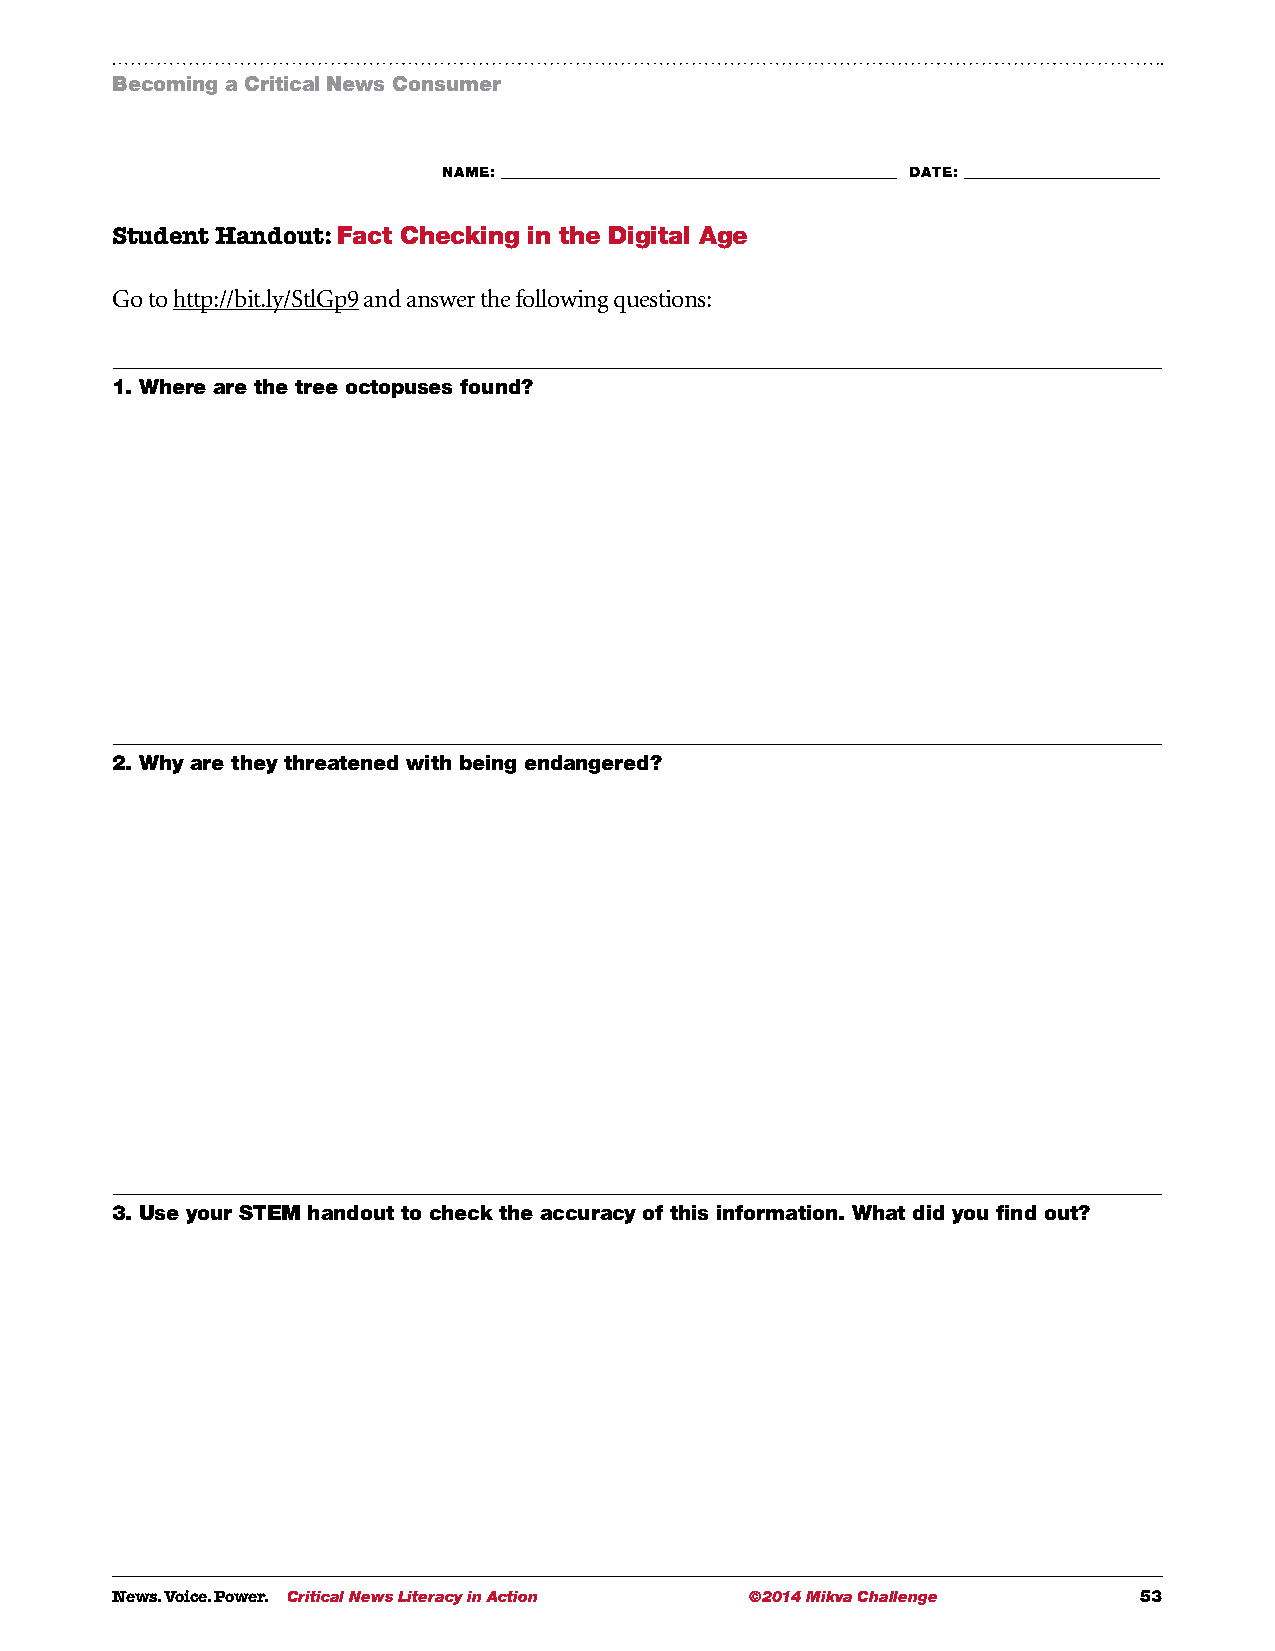
Becoming a Critical News Consumer
 NAME: ___________________________________________________________ DATE: _____________________________
 Student Handout: Fact Checking in the Digital Age
 Go to http://bit.ly/StlGp9 and answer the following questions:
 1. Where are the tree octopuses found?
 2. Why are they threatened with being endangered?
 3. Use your STEM handout to check the accuracy of this information. What did you find out?
 News. Voice. Power. Critical News Literacy in Action ©2014 Mikva Challenge 53